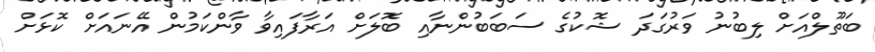
ބަތޫލްއަށް ލިބުނު ވަރުގަދަ ޝޮކުގެ ސަބަބުންނާއި ބޮލަށް އަރާފައިވާ ވާންކަމުން އޭނައަށް ކޮޅަށް